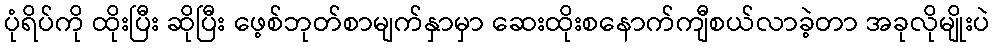
ပုံရိပ်ကို ထိုးပြီး ဆိုပြီး ဖေ့စ်ဘုတ်စာမျက်နှာမှာ ဆေးထိုးစနောက်ကျီစယ်လာခဲ့တာ အခုလိုမျိုးပဲ